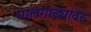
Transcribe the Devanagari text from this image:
मालगाड्यांवर